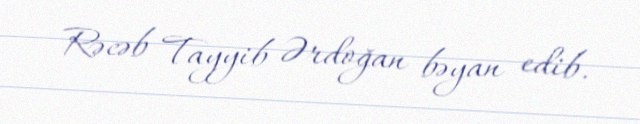
Rəcəb Tayyib Ərdoğan bəyan edib.